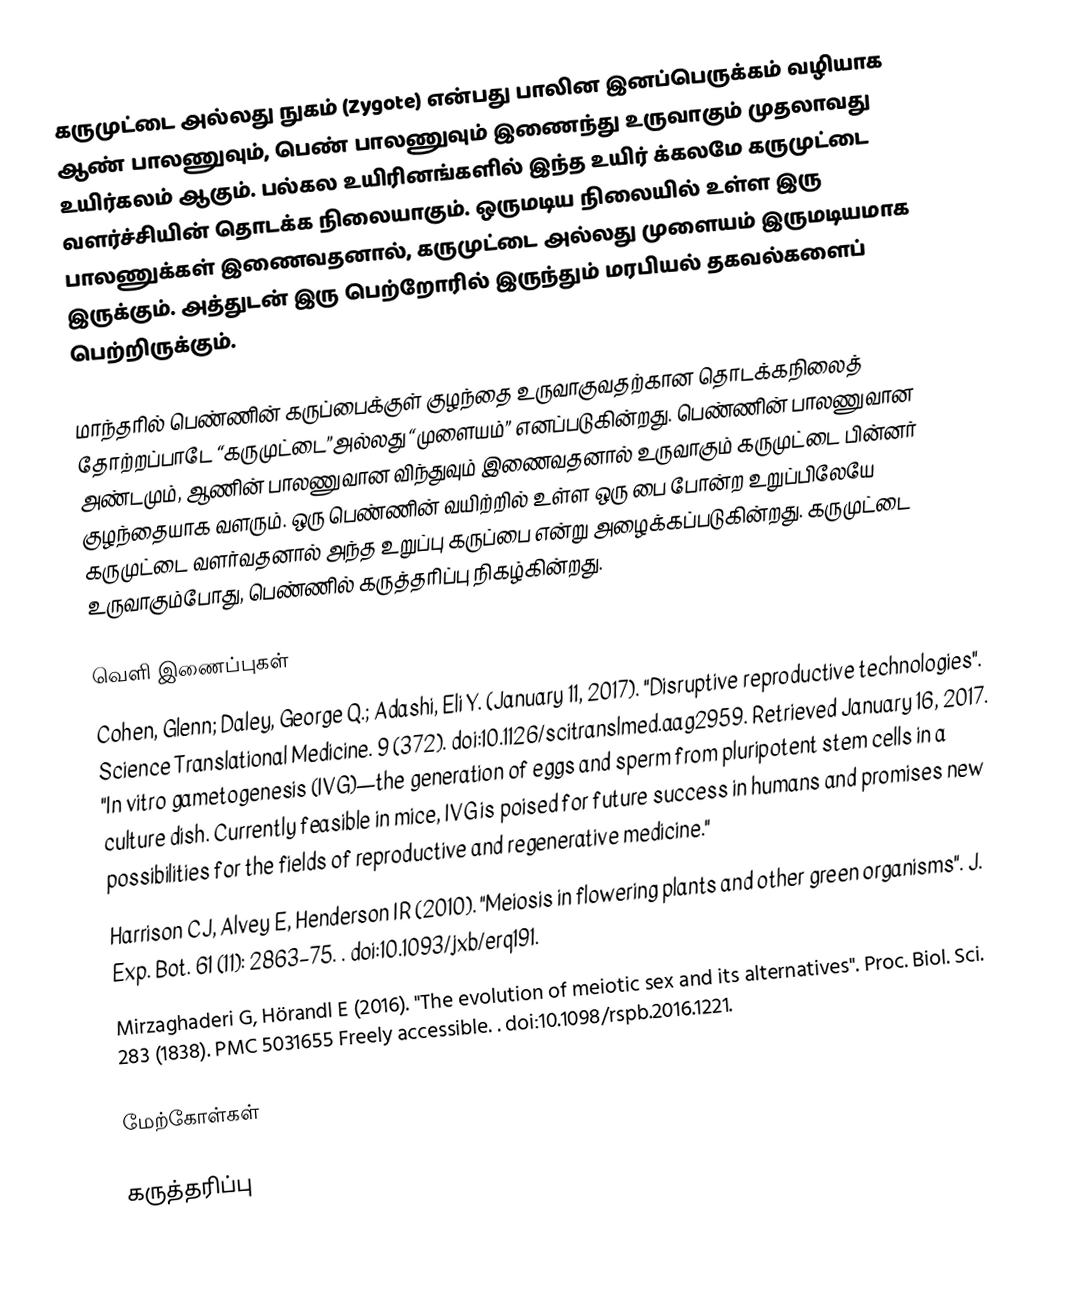
கருமுட்டை அல்லது நுகம் (Zygote) என்பது பாலின இனப்பெருக்கம் வழியாக ஆண் பாலணுவும், பெண் பாலணுவும் இணைந்து உருவாகும் முதலாவது உயிர்கலம் ஆகும். பல்கல உயிரினங்களில் இந்த உயிர் க்கலமே கருமுட்டை வளர்ச்சியின் தொடக்க நிலையாகும். ஒருமடிய நிலையில் உள்ள இரு பாலணுக்கள் இணைவதனால், கருமுட்டை அல்லது முளையம் இருமடியமாக இருக்கும். அத்துடன் இரு பெற்றோரில் இருந்தும் மரபியல் தகவல்களைப் பெற்றிருக்கும்.

மாந்தரில் பெண்ணின் கருப்பைக்குள் குழந்தை உருவாகுவதற்கான தொடக்கநிலைத் தோற்றப்பாடே “கருமுட்டை”அல்லது “முளையம்” எனப்படுகின்றது. பெண்ணின் பாலணுவான அண்டமும், ஆணின் பாலணுவான விந்துவும் இணைவதனால் உருவாகும் கருமுட்டை பின்னர் குழந்தையாக வளரும். ஒரு பெண்ணின் வயிற்றில் உள்ள ஒரு பை போன்ற உறுப்பிலேயே கருமுட்டை வளர்வதனால் அந்த உறுப்பு கருப்பை என்று அழைக்கப்படுகின்றது. கருமுட்டை உருவாகும்போது, பெண்ணில் கருத்தரிப்பு நிகழ்கின்றது.

வெளி இணைப்புகள்
 Cohen, Glenn; Daley, George Q.; Adashi, Eli Y. (January 11, 2017). "Disruptive reproductive technologies". Science Translational Medicine. 9 (372). doi:10.1126/scitranslmed.aag2959. Retrieved January 16, 2017. "In vitro gametogenesis (IVG)—the generation of eggs and sperm from pluripotent stem cells in a culture dish. Currently feasible in mice, IVG is poised for future success in humans and promises new possibilities for the fields of reproductive and regenerative medicine."
 Harrison CJ, Alvey E, Henderson IR (2010). "Meiosis in flowering plants and other green organisms". J. Exp. Bot. 61 (11): 2863–75. . doi:10.1093/jxb/erq191.
 Mirzaghaderi G, Hörandl E (2016). "The evolution of meiotic sex and its alternatives". Proc. Biol. Sci. 283 (1838). PMC 5031655 Freely accessible. . doi:10.1098/rspb.2016.1221.

மேற்கோள்கள்

கருத்தரிப்பு